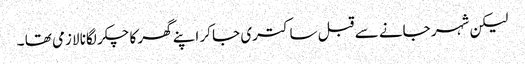
لیکن شہر جانے سے قبل ساکتری جا کر اپنے گھر کا چکر لگانا لازمی تھا ۔